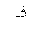
Letter: _qaf